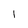
Character: 1